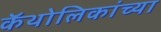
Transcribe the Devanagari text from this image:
कॅथोलिकांच्या